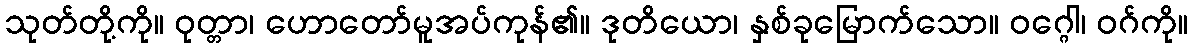
သုတ်တို့ကို။ ဝုတ္တာ၊ ဟောတော်မူအပ်ကုန်၏။ ဒုတိယော၊ နှစ်ခုမြောက်သော။ ဝဂ္ဂေါ၊ ဝဂ်ကို။